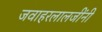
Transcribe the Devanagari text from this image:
जवाहरलालजींनी